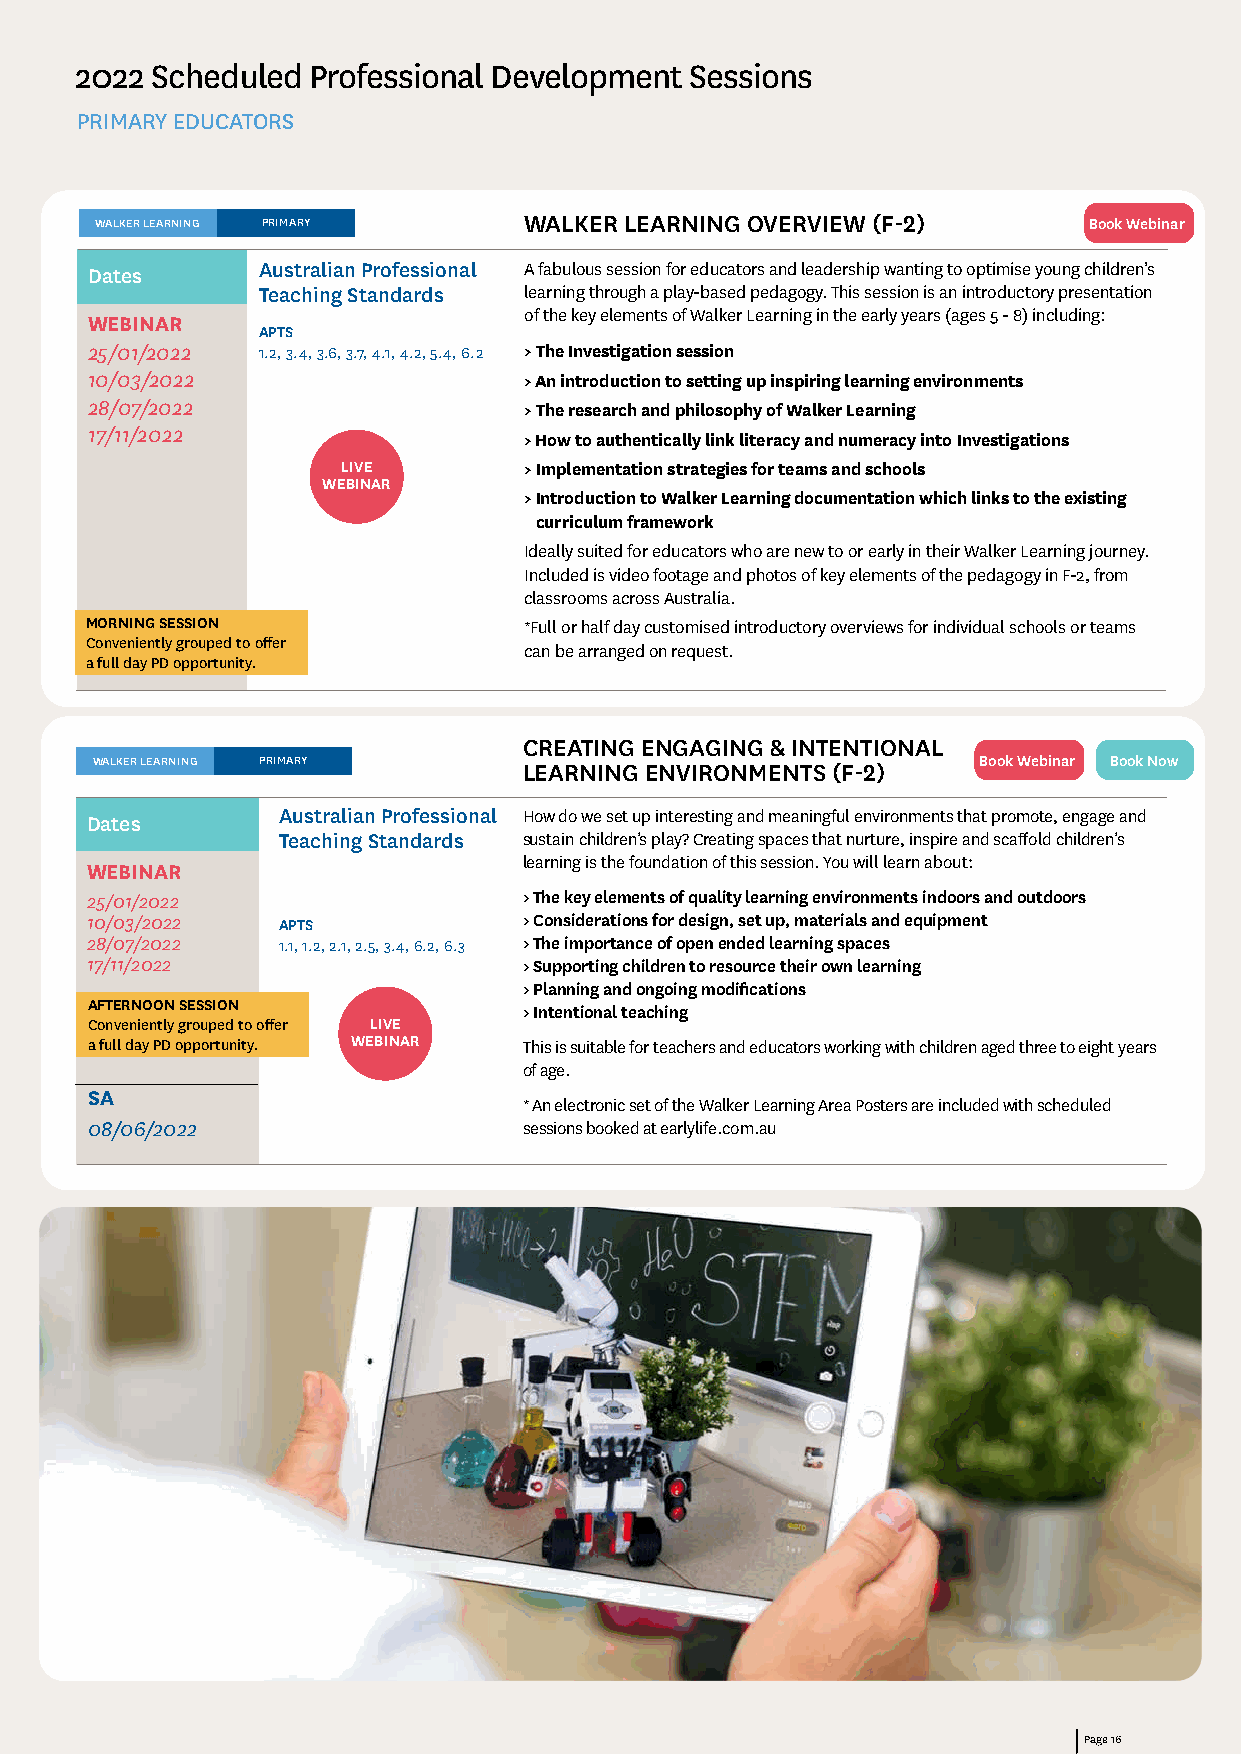
2022 Scheduled Professional Development  Sessions
 PRIMARY EDUCATORS
 WALKER LEARNING PRIMARY      WALKER LEARNING OVERVIEW (F-2)       Book Webinar
 Dates      Australian Professional A fabulous session for educators and leadership wanting to optimise young children’s
 Teaching Standards learning through a play-based pedagogy. This session is an introductory presentation
 of the key elements of Walker Learning in the early years (ages 5 - 8) including:
 WEBINAR
 APTS
 25/01/2022 1.2, 3.4, 3.6, 3.7, 4.1, 4.2, 5.4, 6.2 > The Investigation session
 10/03/2022                   > An introduction to setting up inspiring learning environments
 28/07/2022                   > The research and philosophy of Walker Learning
 17/11/2022
 > How to authentically link literacy and numeracy into Investigations
 LIVE        > Implementation strategies for teams and schools
 WEBINAR
 > I ntroduction to Walker Learning documentation which links to the existing
 curriculum framework
 Ideally suited for educators who are new to or early in their Walker Learning journey.
 Included is video footage and photos of key elements of the pedagogy in F-2, from
 classrooms across Australia.
 MORNING SESSION              *Full or half day customised introductory overviews for individual schools or teams
 Conveniently grouped to offer
 can be arranged on request.
 a full day PD opportunity.
 CREATING ENGAGING & INTENTIONAL
 WALKER LEARNING PRIMARY      LEARNING ENVIRONMENTS (F-2)   Book Webinar Book Now
 Dates       Australian Professional How do we set up interesting and meaningful environments that promote, engage and
 Teaching Standards sustain children’s play? Creating spaces that nurture, inspire and scaffold children’s
 learning is the foundation of this session. You will learn about:
 WEBINAR
 25/01/2022                   > The key elements of quality learning environments indoors and outdoors
 10/03/2022  APTS             > Considerations for design, set up, materials and equipment
 28/07/2022  1.1, 1.2, 2.1, 2.5, 3.4, 6.2, 6.3 > The importance of open ended learning spaces
 17/11/2022                   > Supporting children to resource their own learning
 > Planning and ongoing modifications
 AFTERNOON SESSION            > Intentional teaching
 Conveniently grouped to offer LIVE
 a full day PD opportunity. WEBINAR This is suitable for teachers and educators working with children aged three to eight years
 of age.
 SA
 * An electronic set of the Walker Learning Area Posters are included with scheduled
 08/06/2022                   sessions booked at earlylife.com.au
 Page 16